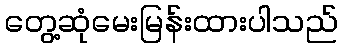
တွေ့ဆုံမေးမြန်းထားပါသည်